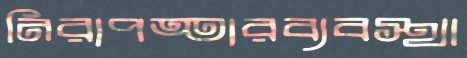
নিরাপত্তারব্যবস্থা